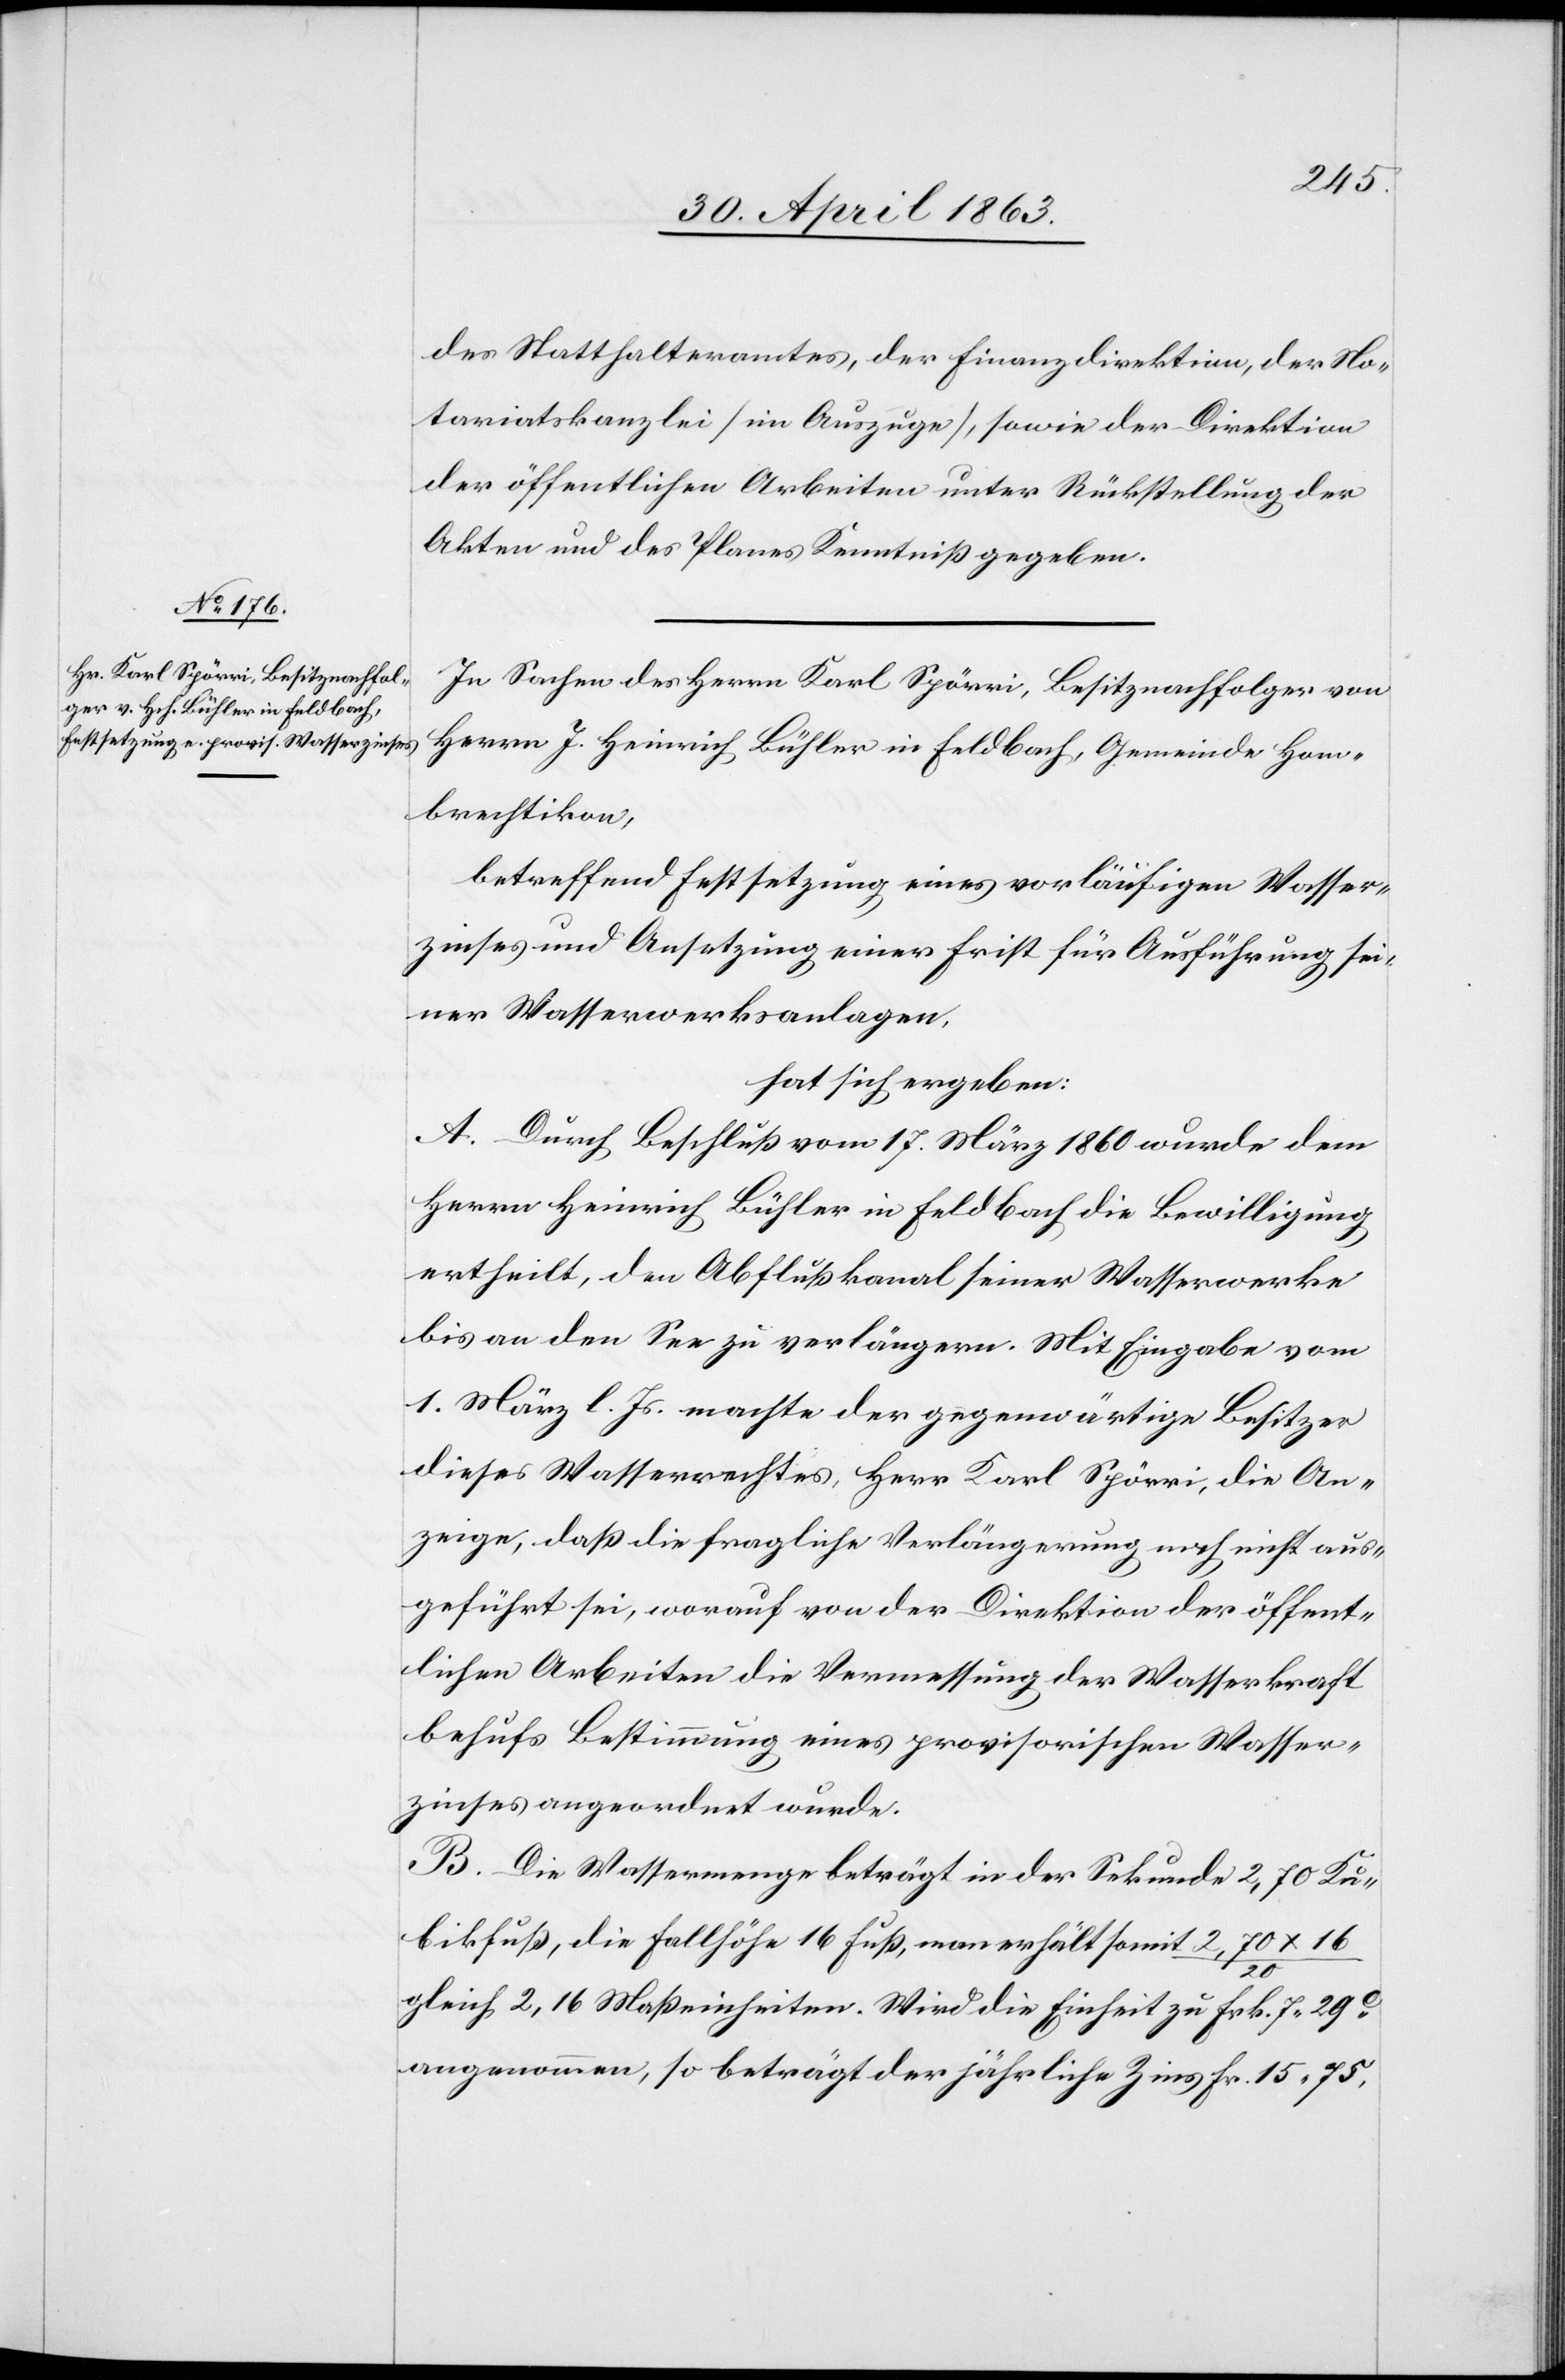
des Statthalteramtes, der Finanzdirektion, der No¬
tariatskanzlei (im Auszuge), sowie der Direktion
der öffentlichen Arbeiten unter Rückstellung der
Akten und des Planes Kenntniß gegeben.
In Sachen des Herrn Karl Spörri, Besitznachfolger von
Herrn J. Heinrich Bühler in Feldbach, Gemeinde Hom¬
brechtikon,
betreffend Festsetzung eines vorläufigen Wasser¬
zinses und Ansetzung einer Frist für Ausführung sei¬
ner Wasserwerksanlagen,
hat sich ergeben:
A. Durch Beschluß vom 17. März 1860 wurde dem
Herrn Heinrich Bühler in Feldbach die Bewilligung
ertheilt, den Abflußkanal seiner Wasserwerke
bis an den See zu verlängern. Mit Eingabe vom
1. März l. Js. machte der gegenwärtige Besitzer
dieses Wasserrechtes, Herr Karl Spörri, die An¬
zeige, daß die fragliche Verlängerung noch nicht aus¬
geführt sei, worauf von der Direktion der öffent¬
lichen Arbeiten die Vermessung der Wasserkraft
behufs Bestimmung eines provisorischen Wasser¬
zinses angeordnet wurde.
B. Die Wassermenge beträgt in der Sekunde 2,70 Ku¬
bikfuß, die Fallhöhe 16 Fuß, man erhält somit 2,70 x 16
20
gleich 2,16 Maßeinheiten. Wird die Einheit zu Frk. 7. 29c
angenommen, so beträgt der jährliche Zins Fr. 15. 75,